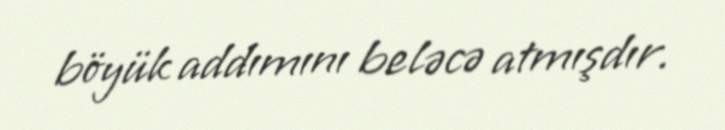
böyük addımını beləcə atmışdır.